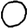
Digit: 0